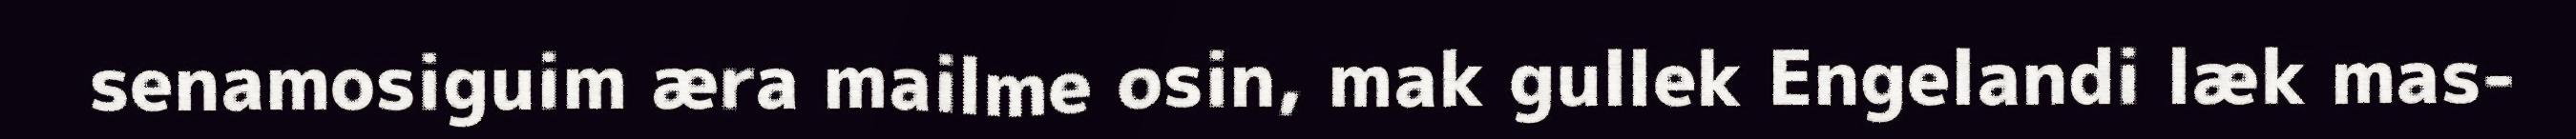
senamosiguim æra mailme osin, mak gullek Engelandi læk mas-